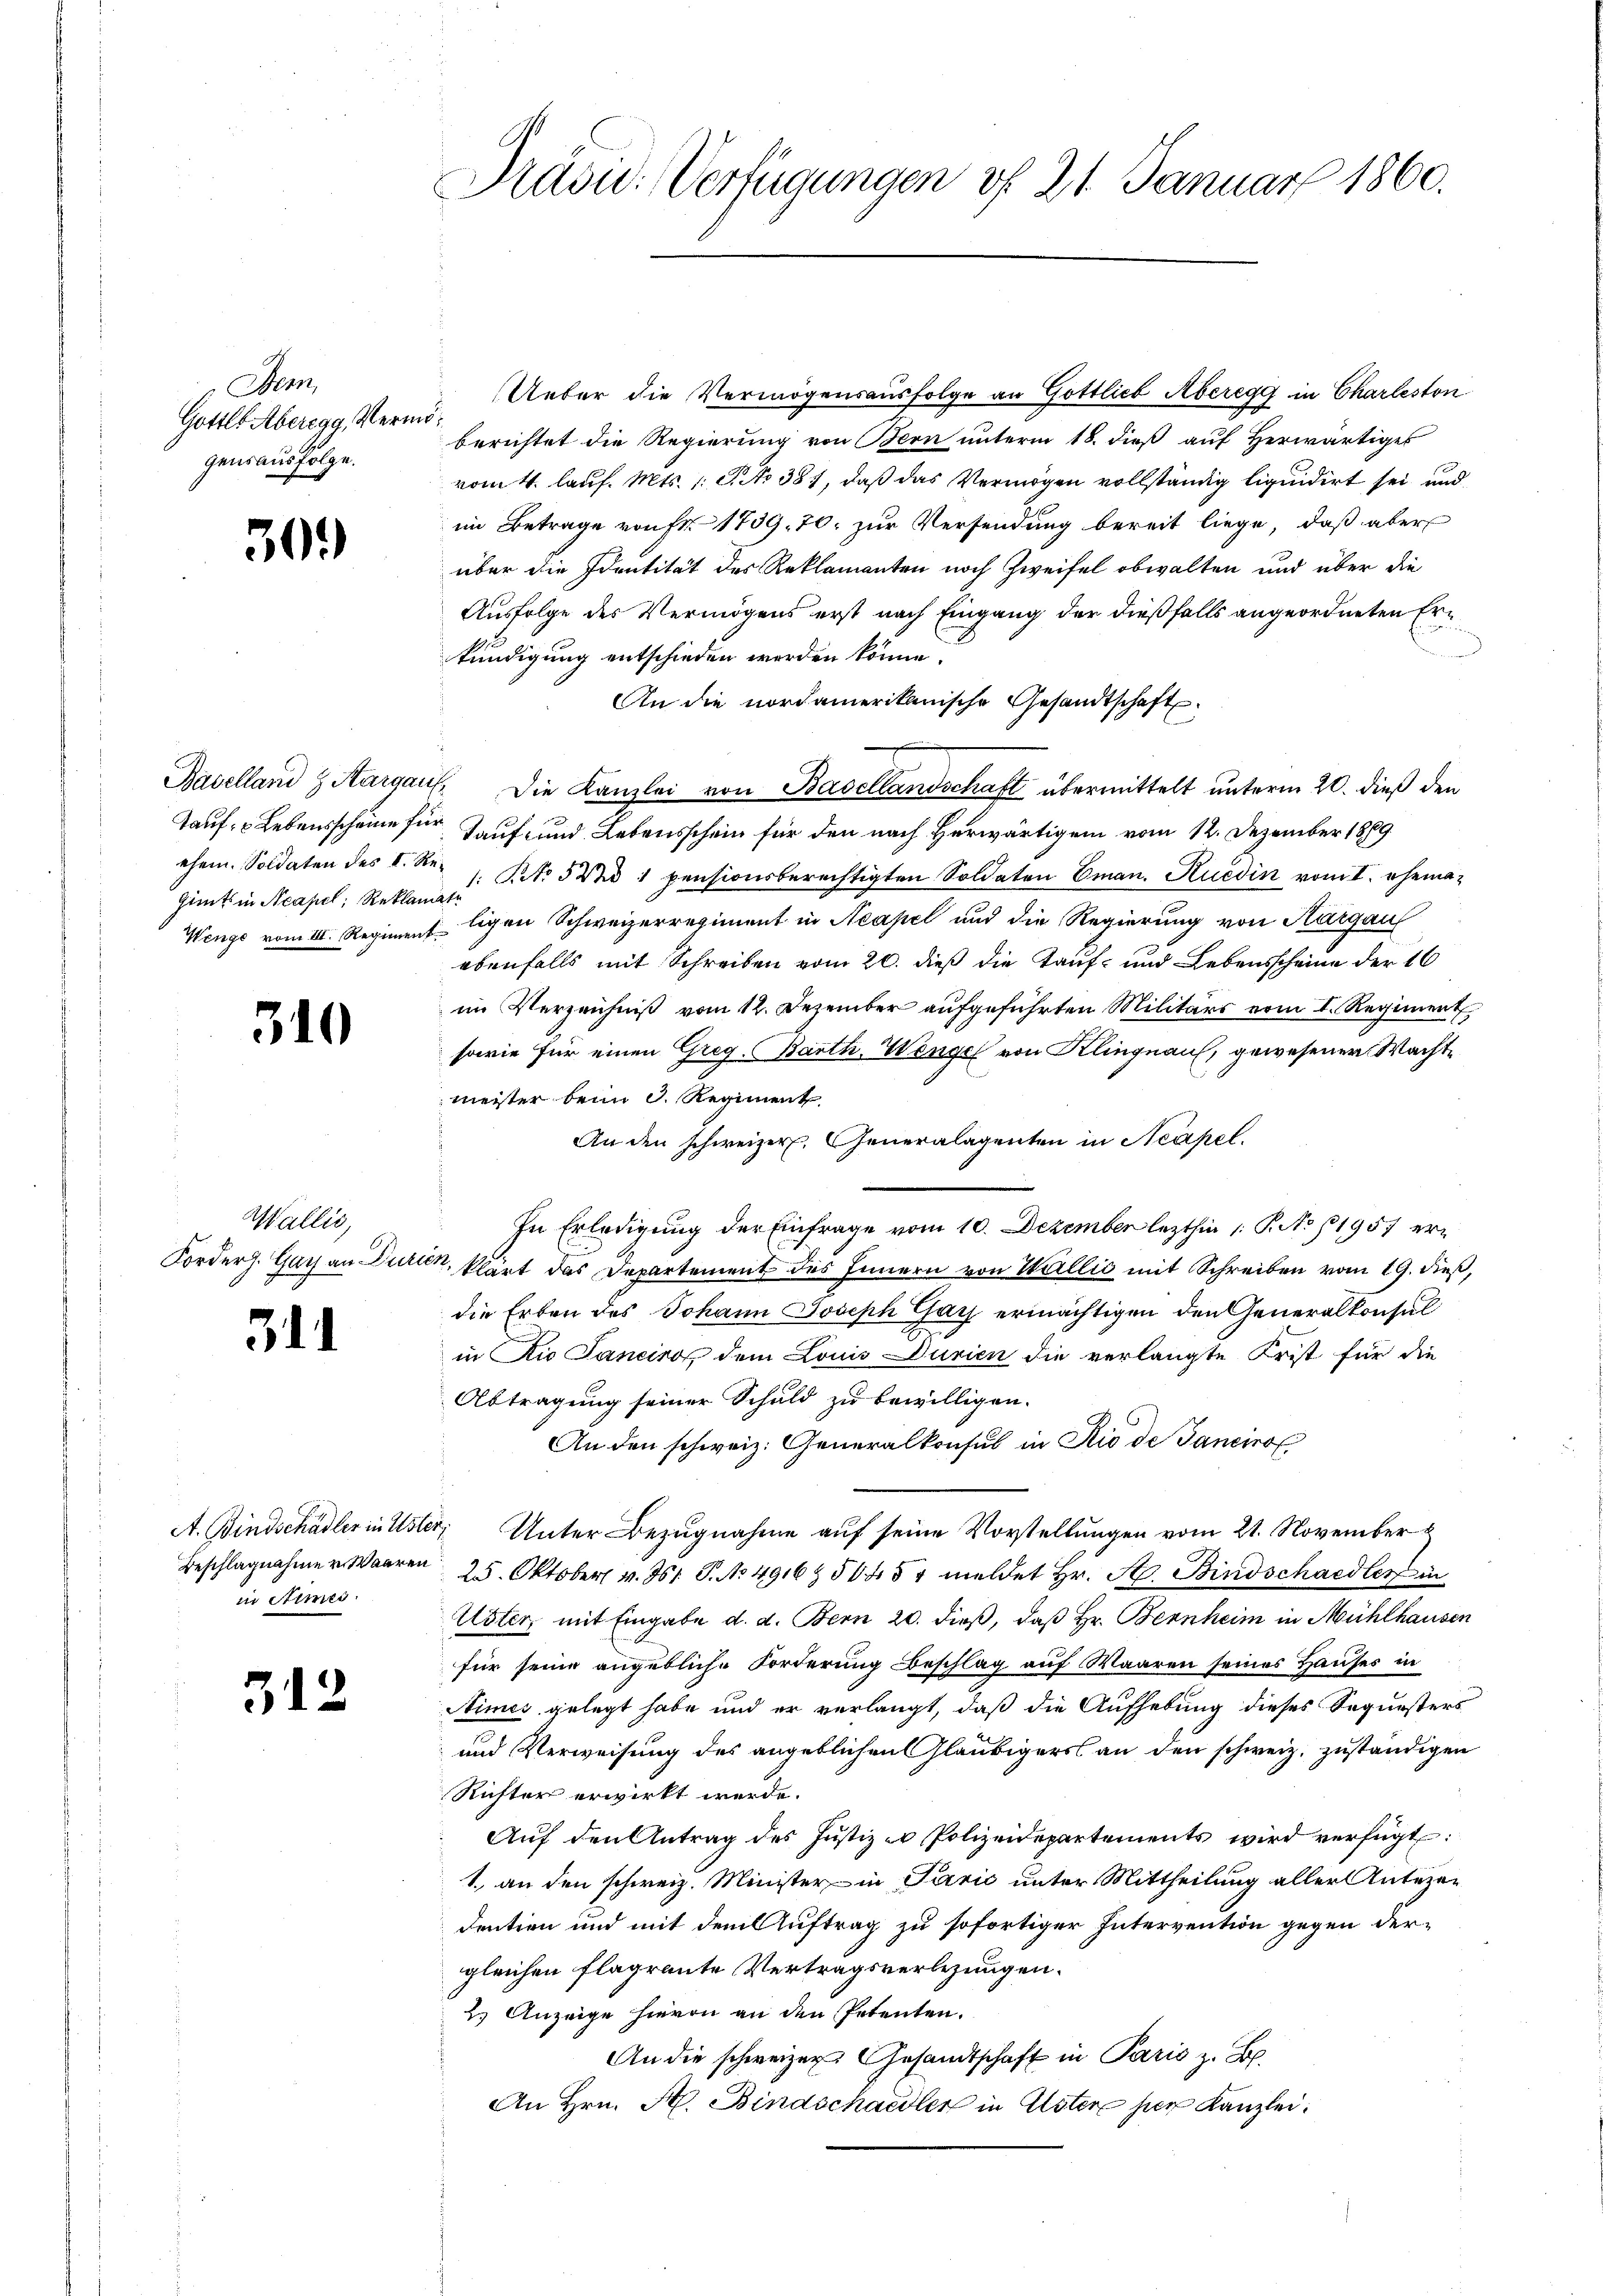
Dem
Gottl. Aberegg, Vermögensausfolge.

309

Gints in Neapel, Reklamate

310

Wallis,

31

Ueber die Vermögensausfolge an Gottlieb Aberegg in Charleston
berichtet die Regierung von Bern unterm 18. dieβ aŭf herwärtiges
vom 4. lauf. Mts. 1 S. No 381, daß das Vermögen vollständig liquidirt sei und
im Betrage von Fr. 1759. 70. zur Versendung bereit liege, daß aber
über die Identität des Reklamanten noch Zweifel obwalten und über die
Ausfolge des Vermögens erst nach Eingang der dießfalls angeordneten Erkundigung entschieden werden könne.
An die nordamerikanische Gesandtschaft
Baselland & Aargau. Die Kanzlei von Basellandschaft übermittelt unterm 20. dieß den
Tauf- u Lebensscheine für Kauf- und Lebensschein für den nach Herwärtigen vom 12. Dezember 1889
ehem. Soldaten des L. Nr. 1 Pct. 5 d 1 pensionsberechtigten Soldaten Eman. Ruedin vom I. ehema¬
Wenge vom III. Regiment ligen Schweizerregiment in Neapel und die Regierung von Aargau
ebenfalls mit Schreiben vom 20. dieß die Kauf- und Lebensscheine der 16
im Verzeichniß vom 12. Dezember aufgeführten Militärs vom I. Regiment
sowie für einen Greg. (Barth, Wengel von Klingnau, gewesener Wachtmeister beim 3. Regiment
An den schweizer. Generalagenten in Neapel.
In Erledigung der Einfrage vom 10. Dezember lezthin 1. P. No 11957 er¬
Forders. Gay an Durien, klärt das Departement des Innern von Wallić mit Schreiben vom 19. dieß,
die Erben des Johann Joseph Gay ermächtigen den Generalkonsul
in Rio Janeiro dem Louis Durien die verlangte Frist für die
Abtragung seiner Schuld zu bewilligen.
An den schweiz. Generalkonsul in Rio de Janeiro
A. Bindschädler in Uster Unter Bezugnahme auf seine Vorstellungen vom 21. November
Beschlagnahme v. Waaren 25. Oktober v. J. P. No 491650454 meldet Hr. A. Bindschaedler in
Alster mit Eingabe d. d. Bern 20. dieß, daß Hr. Bernheim in Mühlhausen
für seine angebliche Forderung Beschlag auf Waaren seines Hauses in
Nimes gelegt habe und er verlangt, daß die Aufhebung dieses Sequesters
und Verweisung des angeblichen Gläubigers an den schweiz, zuständigen
Richter erwirkt werde.
Aŭf den Antrag des Jŭstiz - Polizeidepartements wird verfügt:
1. an den schweiz. Minister in Parić unter Mittheilung aller Antezen
dentien und mit dem Auftrag zu sofortiger Intervention gegen dergleichen flagrante Vertragsverlegungen.
2.) Anzeige hievon an den Petenten.
An die schweizer Gesandtschaft in Paris z. B.
An Hrn. A. Bindschaedler in Ester her Kanzlei.

in Stimes.

312

Präsid. Verfügungen v. 21. Januar 1860.